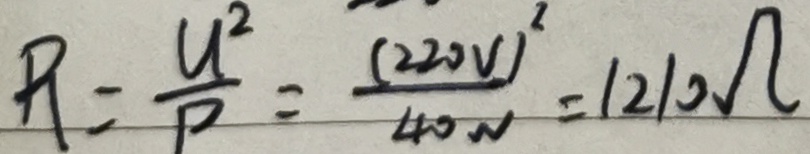
P _ { 1 } = \frac { U ^ { 2 } } { P } = \frac { ( 2 2 0 V ) ^ { 2 } } { 4 0 W } = 1 2 1 0 \Omega